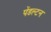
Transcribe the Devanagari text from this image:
पेंडल्टन